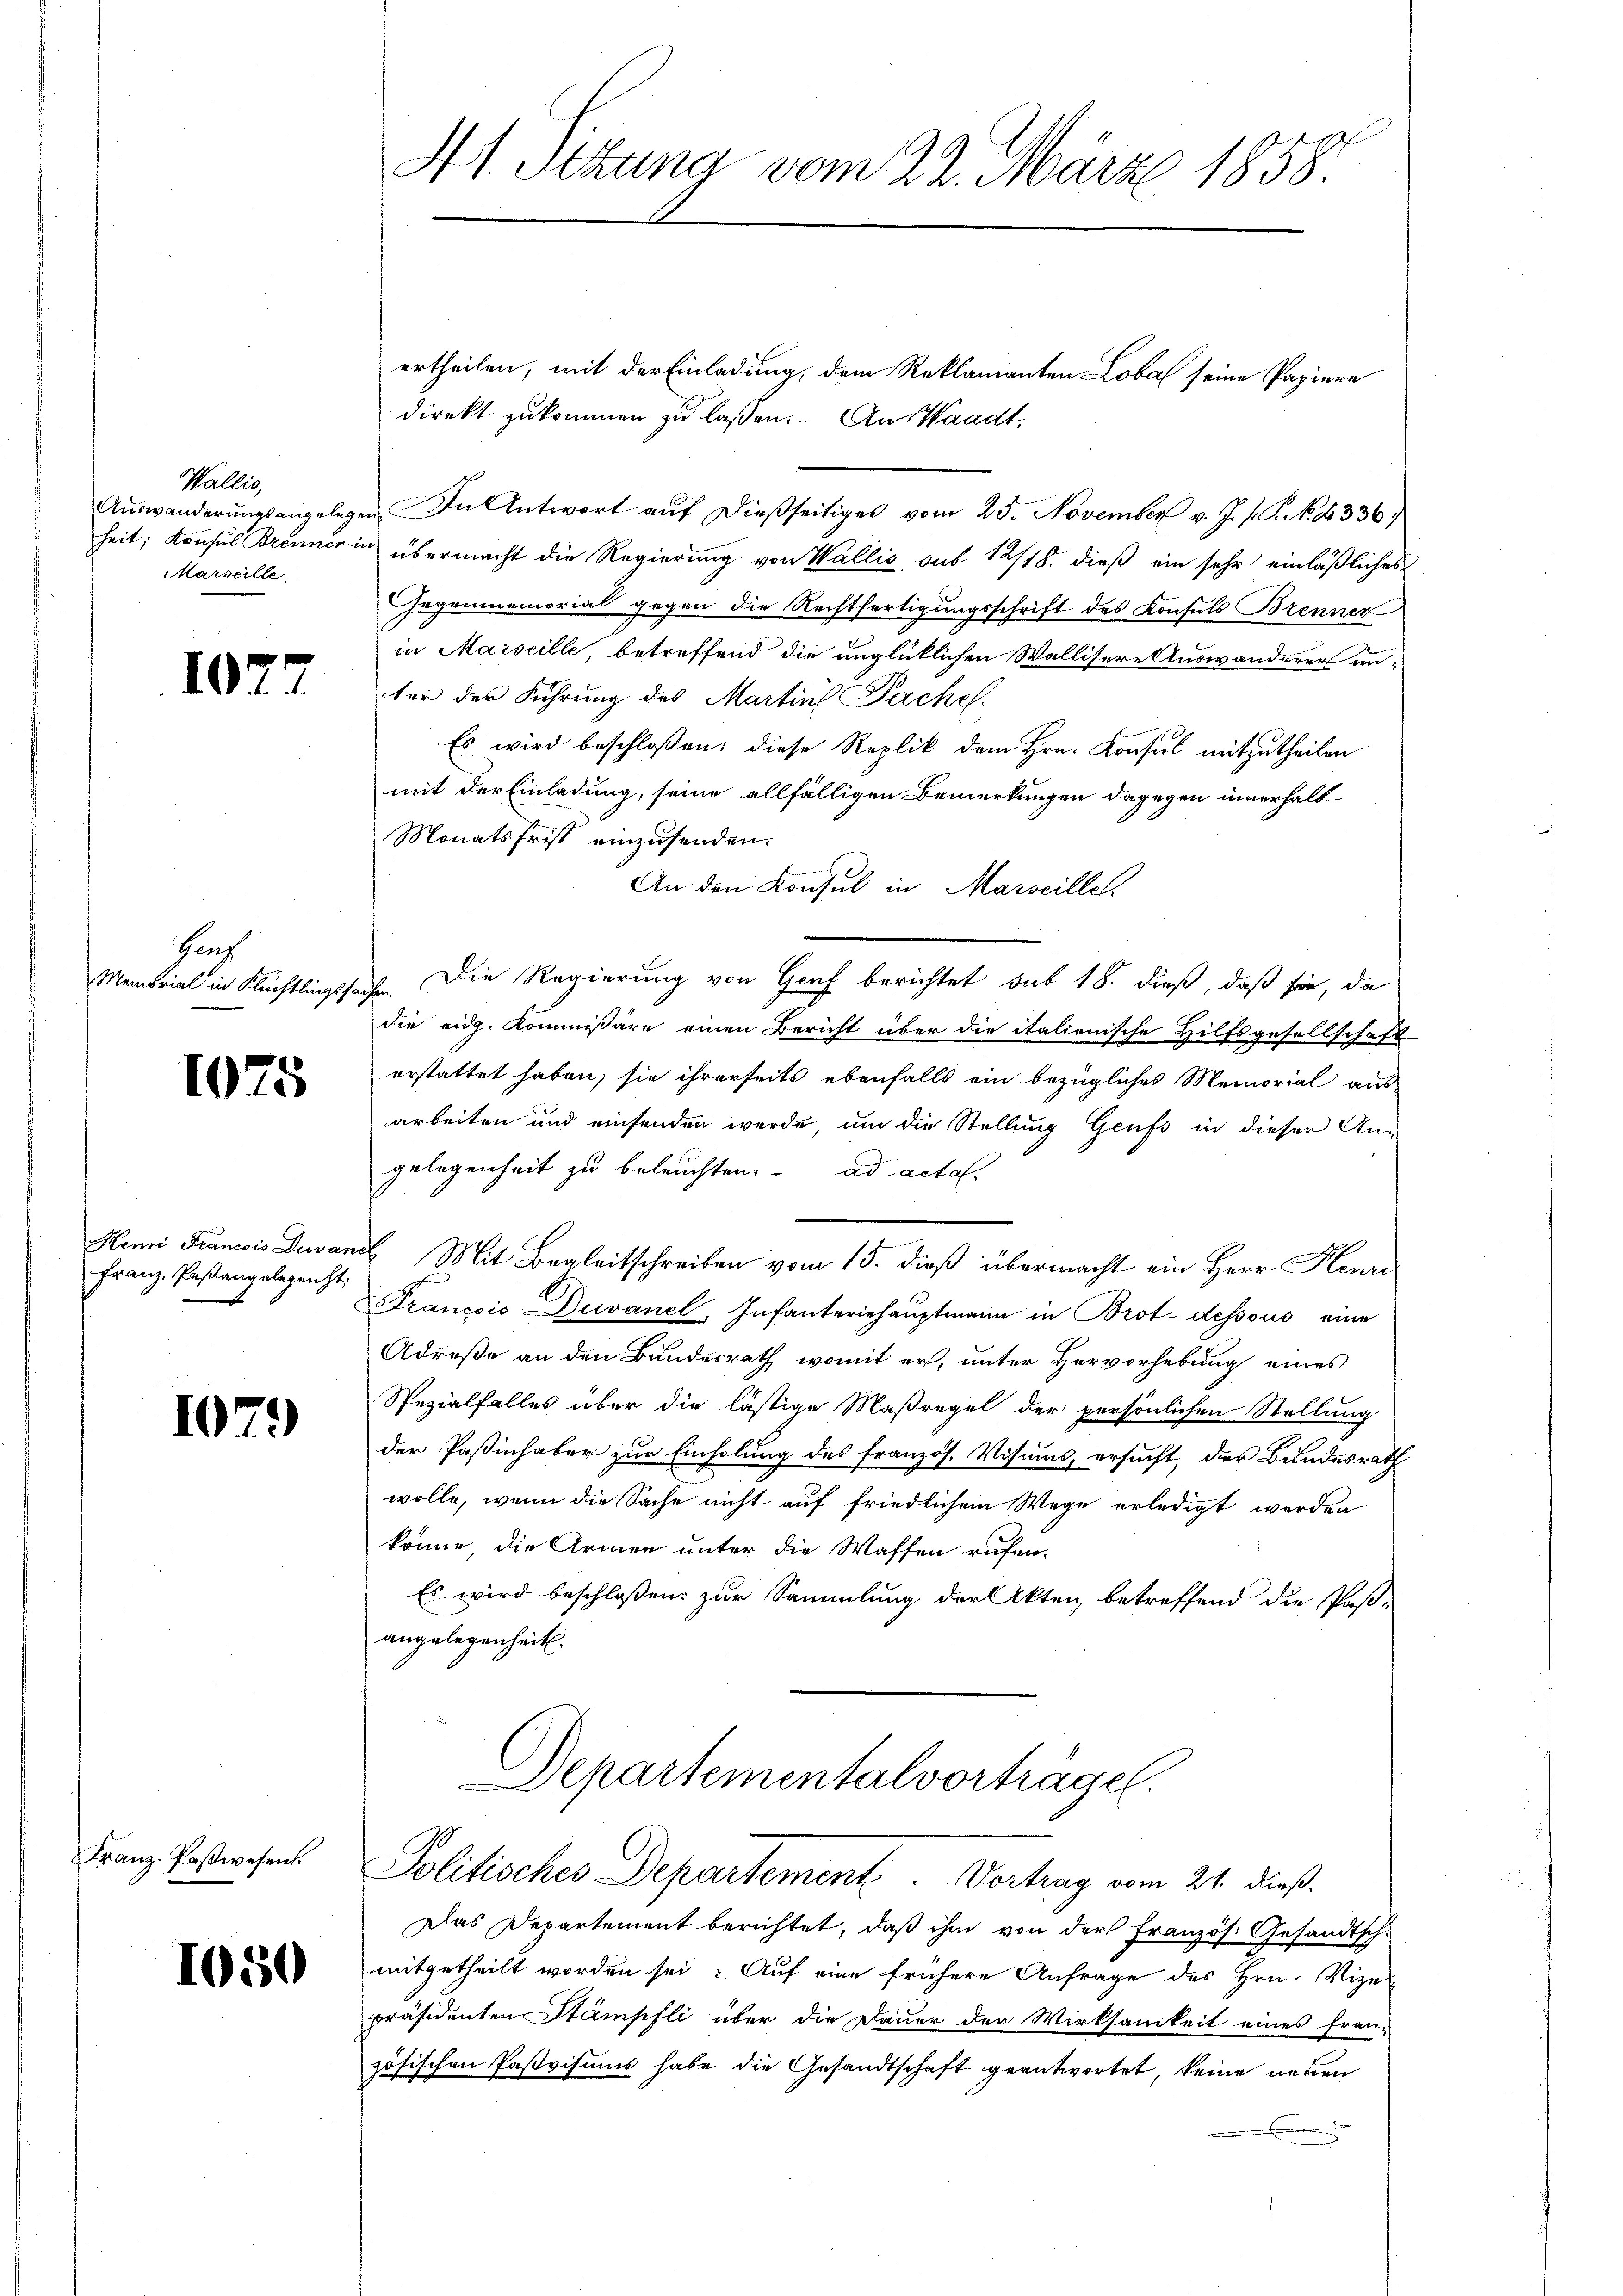
Wallis,
Marseille

1072

Ganz
Memorial in Flüchtlingsfa

1075

Henri Francois Duvan
Franz, Paßangelegenst

1079

Franz Paßwesen.

1050

Ht. Sitzung vom 22. März 1858

ertheilen, mit der Einladung, dem Reklamanten Loba seine Papiere
direkt zukommen zu lassen. An Waadt,
Aŭswänderŭngsangelegen. In Antwort aŭf dießseitiges vom 25. November v. J. s. S. N. 1336)
heit; Konsul Brenner in übermacht die Regierung von Wallis, sub 12/18. dieß ein sehr einläßliches
ogenmemorial gegen die Rechtfertigungsschrift des Konsuls Brenner
in Marseille, betreffend die unglücklichen Wallisere Auswanderer unter der Führung des Martin Pache.
Es wird beschlossen: diese Replik dem Hrn. Konsul mitzutheilen
mit der Einladung, seine allfälligen Bemerkungen dagegen innerhalb
Monatsfrist einzusenden.
An den Konsul in Marseille.
ich. Die Regierung von Genf berichtet sub 18. dieß, daß sie, da
die eidg. Kommissäre einen Bericht über die italienische Hilfsgesellschaft
erstattet haben, sie ihrerseits ebenfalls ein bezügliches Memorial aus
arbeiten und einsenden werde, um die Stellung Genfs in dieser An-
gelegenheit zu beleuchten. ad acta.
ab Mit Begleitschreiben vom 15. dieß übermacht ein Herr Henri
Srancois Duvanel, Infanteriehauptmann in Brot. dessous eine
Adrese an den Bundesrath, womit er, unter Hervorhebung eines
Spezialfalles über die lästige Maßregel der persönlichen Stellung
der Paßinhaber zur Einholung des französ. Visums, ersucht, der Bundesrath
wolle, wenn die Sache nicht auf friedlichem Wege erledigt werden
könne, die Armen unter die Waffen rufen.
Es wird beschloßen zur Sammlung der Akten, betreffend die Post-
angelegenheit.
Departementalvorträge.

Politisches Departement. Vortrag vom 24. dieß.

Das Departement berichtet, daß ihm von der Französ. Gesandtsch-
mitgetheilt worden sei: Auf eine frühere Anfrage des Hrn. Vizepräsidenten Stämpfli über die Dauer der Wirksamkeit eines Franz
zösischen Paßvisums habe die Gesandtschaft geantwortet, keine neuen